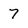
Character: 7